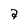
Character: a